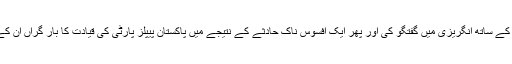
ان کی والدہ نے ہمیشہ ان کے ساتھ انگریزی میں گفتگو کی اور پھر ایک افسوس ناک حادثے کے نتیجے میں پاکستان پیپلز پارٹی کی قیادت کا بار گراں ان کے ناتواں کندھوں پہ آ گرا۔